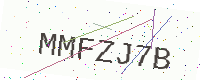
Text: MMFZJ7B